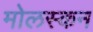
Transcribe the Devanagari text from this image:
मोलस्कन